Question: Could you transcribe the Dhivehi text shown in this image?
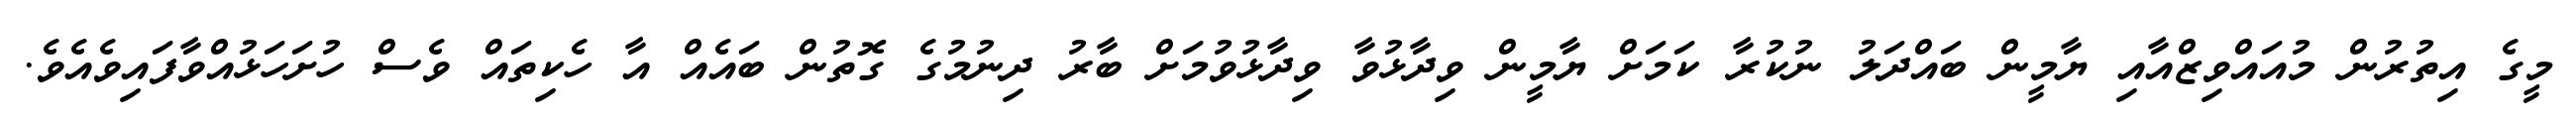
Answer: މީގެ އިތުރުން މުއައްވިޒްއާއި ޔާމީން ބައްދަލު ނުކުރާ ކަމަށް ޔާމީން ވިދާޅުވާ ވިދާޅުވުމަށް ބާރު ދިނުމުގެ ގޮތުން ބައެއް އާ ހެކިތައް ވެސް ހުށަހަޅުއްވާފައިވެއެވެ.